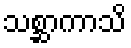
သစ္ဆာကာသိ